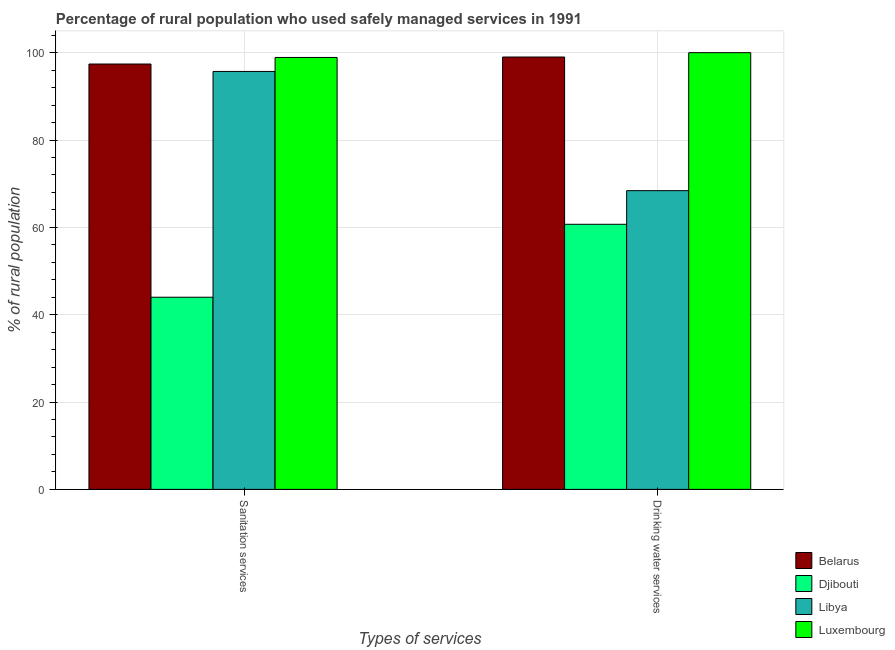
| Types of services | Belarus | Djibouti | Libya | Luxembourg |
 | --- | --- | --- | --- | --- |
 | Sanitation services | 97.4 | 44 | 95.7 | 98.9 |
 | Drinking water services | 99 | 60.7 | 68.4 | 100 |